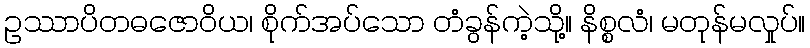
ဥဿာပိတဓဇောဝိယ၊ စိုက်အပ်သော တံခွန်ကဲ့သို့။ နိစ္စလံ၊ မတုန်မလှုပ်။